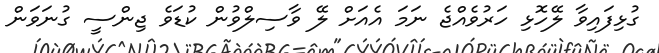
ގުޅިފައިވާ ލޭހޮޅި ހަރުވެއްޖެ ނަމަ އެއަށް ލޭ ވާސިލްވުން ކުޑަވެ ޖިންސީ ގުނަވަން